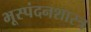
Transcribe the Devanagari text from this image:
भूस्पंदनशास्त्र